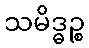
သမိဒ္ဓဉ္စ